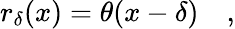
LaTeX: r_{\delta}(x)=\theta(x-\delta)\quad,